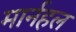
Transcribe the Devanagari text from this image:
मार्नहल